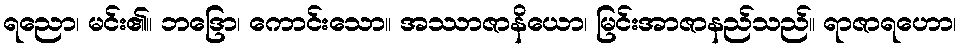
ရညော၊ မင်း၏။ ဘဒြော၊ ကောင်းသော။ အဿာဇာနိယော၊ မြင်းအာဇာနည်သည်။ ရာဇာရဟော၊